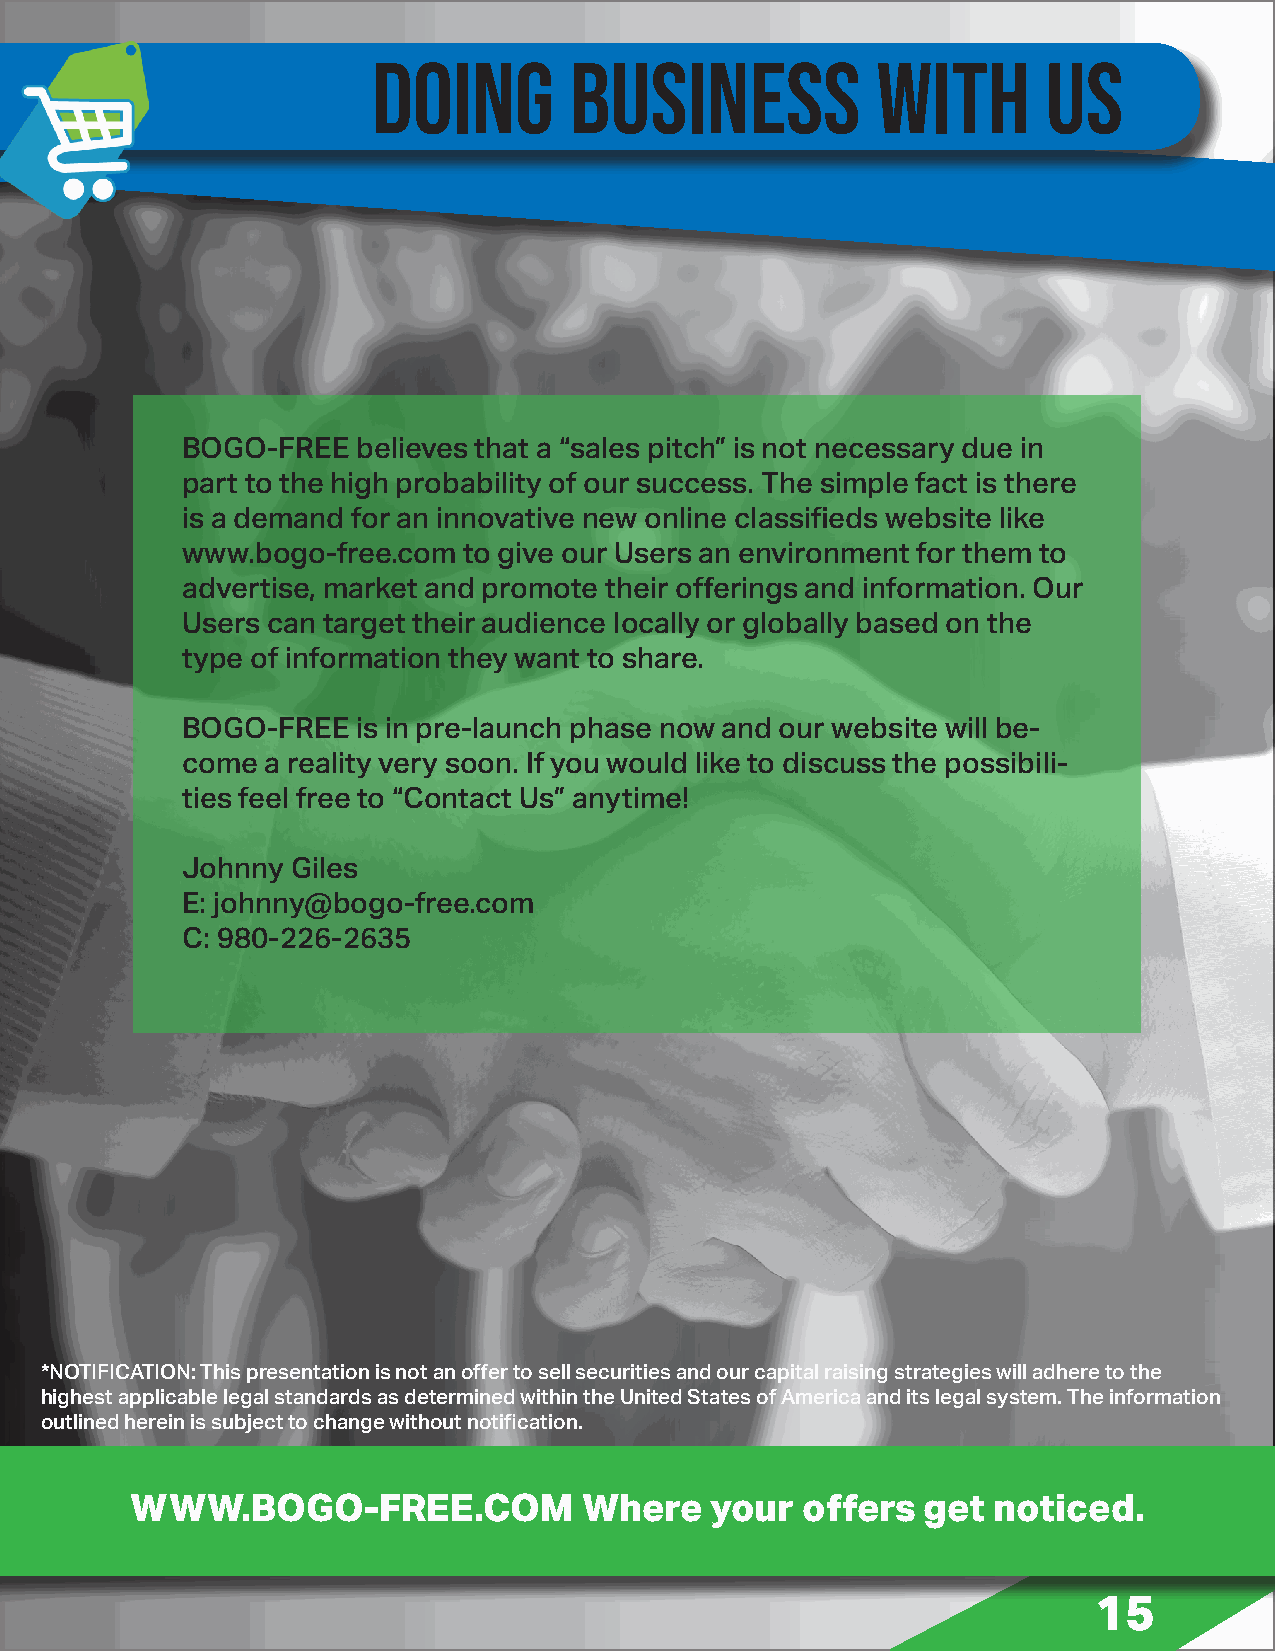
DOING        BUSINESS            WITH       US
 BOGO-FREE   believes that a “sales pitch” is not necessary due in
 part to the high probability of our success. The simple fact is there
 is a demand for an innovative new online classifieds website like
 www.bogo-free.com  to give our Users an environment for them to
 advertise, market and promote their offerings and information. Our
 Users can target their audience locally or globally based on the
 type of information they want to share.
 BOGO-FREE   is in pre-launch phase now and our website will be-
 come  a reality very soon. If you would like to discuss the possibili-
 ties feel free to “Contact Us” anytime!
 Johnny Giles
 E: johnny@bogo-free.com
 C: 980-226-2635
 *NOTIFICATION: This presentation is not an offer to sell securities and our capital raising strategies will adhere to the
 highest applicable legal standards as determined within the United States of America and its legal system. The information
 outlined herein is subject to change without notification.
 WWW.BOGO-FREE.COM             Where   your  offers  get  noticed.
 15